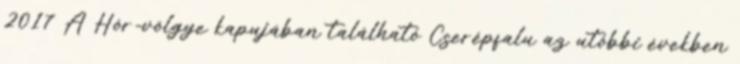
2017 A Hór-völgye kapujában található Cserépfalu az utóbbi években